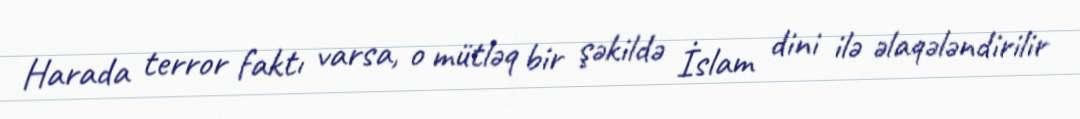
Harada terror faktı varsa, o mütləq bir şəkildə İslam dini ilə əlaqələndirilir